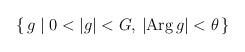
LaTeX: \begin{align*}\left\{\,g\mid0<|g|<G,\,|{\rm Arg}\,g|<\theta\,\right\}\end{align*}